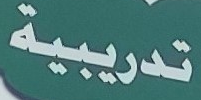
تدريبية